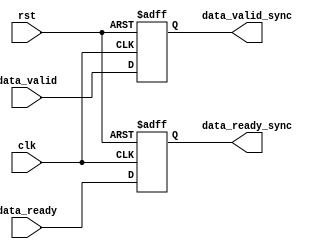
module timing_control_sync(
  input wire clk,
  input wire rst,
  input wire data_valid,
  input wire data_ready,
  output reg data_valid_sync,
  output wire data_ready_sync
);

reg data_ready_sync;

always @(posedge clk or posedge rst) begin
  if (rst) begin
    data_valid_sync <= 0;
    data_ready_sync <= 0;
  end else begin
    data_valid_sync <= data_valid;
    data_ready_sync <= data_ready;
  end
end

endmodule